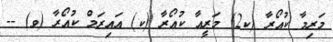
މަރިމާ ކުއޯރާ (ކ2) މަރީއާ ކުއޯރާ (ކ) އައިރަމް ކުއޯރާ (ވ) --